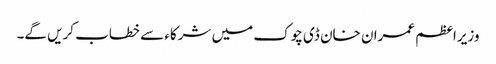
وزیراعظم عمران خان ڈی چوک میں شرکاء سے خطاب کریں گے۔